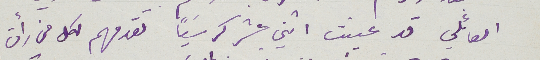
العائلي قد عينت اثني عشر كرسَياً تقدمهم لكل من رأت